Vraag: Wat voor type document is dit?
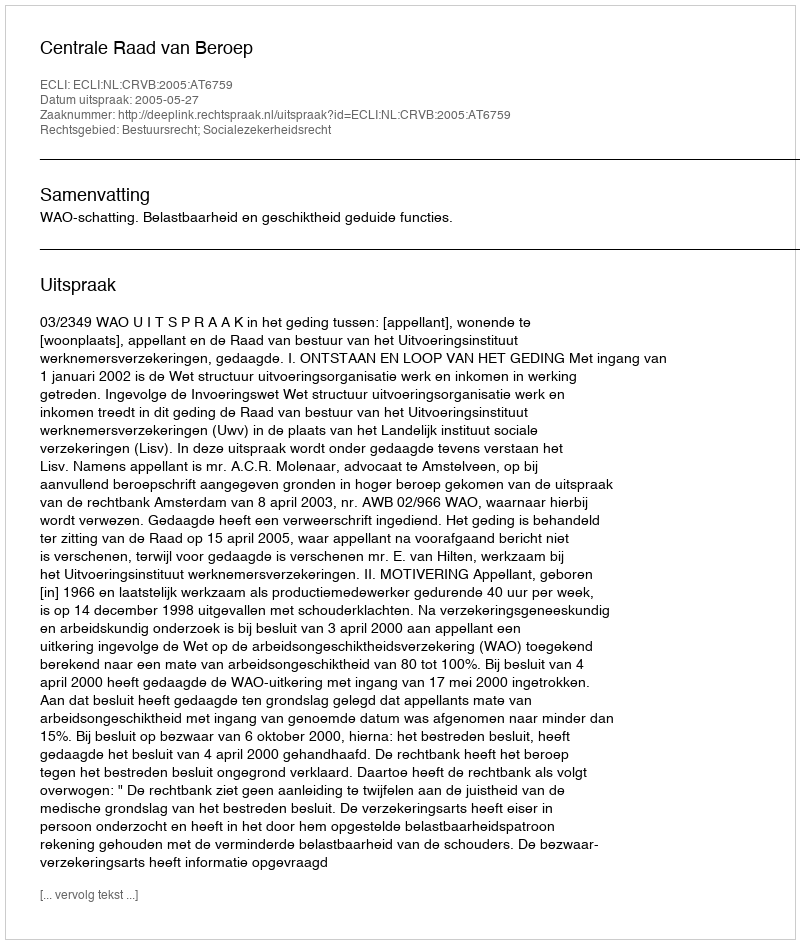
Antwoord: Uitspraak